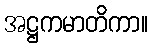
အဋ္ဌကမာတိကာ။